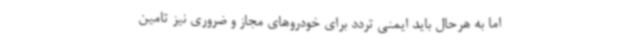
اما به هرحال باید ایمنی تردد برای خودروهای مجاز و ضروری نیز تامین